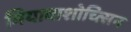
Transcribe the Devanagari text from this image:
मियावाशोच्त्सिन